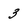
Character: 3